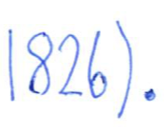
Text: 1826).
Cross-out: clean
Writing tool: ballpoint